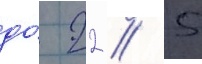
до́ 22 / 5